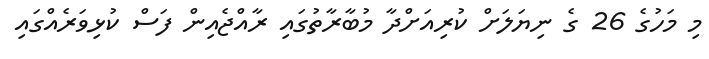
މި މަހުގެ 26 ގެ ނިޔަލަށް ކުރިއަށްދާ މުބާރާތުގައި ރާއްޖެއިން ފަސް ކުޅިވަރެއްގައި